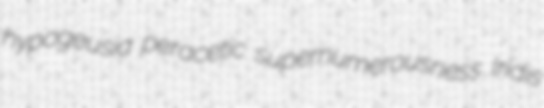
hypogeusia peracetic supernumerousness Iridis